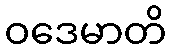
ဝဒေမာတိ